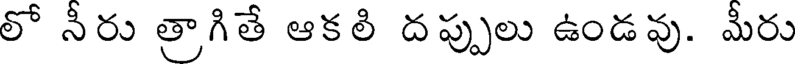
లో నీరు త్రాగితే ఆకలి దప్పులు ఉండవు. మీరు